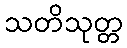
သတိသုတ္တ